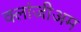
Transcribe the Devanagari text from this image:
क्लांजीअम